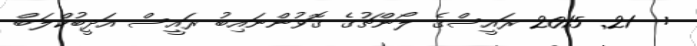
:  21